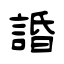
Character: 諙